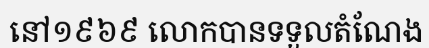
នៅ១៩៦៩ លោកបានទទួលតំណែង